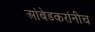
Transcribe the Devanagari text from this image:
आंबेडकरांनीच